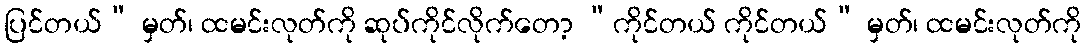
ပြင်တယ်” မှတ်၊ ထမင်းလုတ်ကို ဆုပ်ကိုင်လိုက်တော့ “ကိုင်တယ် ကိုင်တယ်” မှတ်၊ ထမင်းလုတ်ကို